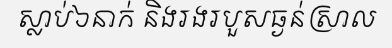
ស្លាប់៦នាក់ និងរងរបួសធ្ងន់ស្រាល